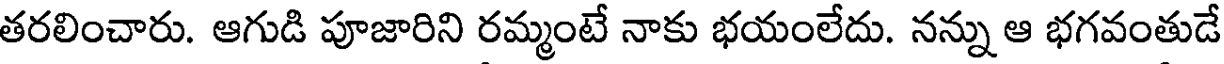
తరలించారు. ఆగుడి పూజారిని రమ్మంటే నాకు భయంలేదు. నన్ను ఆ భగవంతుడే